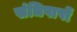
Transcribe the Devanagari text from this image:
संधिपापों